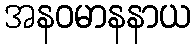
အနဝမာနနာယ